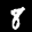
Label: 8